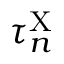
\tau _ { n } ^ { \mathrm { X } }